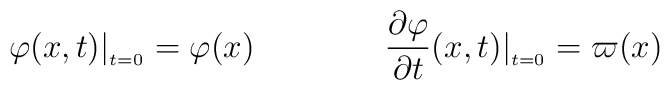
\varphi(x,t)|_{_{t=0}}=\varphi(x)\qquad\qquad   \frac{\partial\varphi}{\partial t}(x,t)|_{_{t=0}}   =\varpi(x)